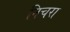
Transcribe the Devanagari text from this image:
निचरा